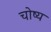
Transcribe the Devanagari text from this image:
चोष्य